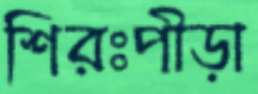
শিরঃপীড়া